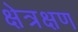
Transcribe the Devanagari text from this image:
क्षेत्रक्षण